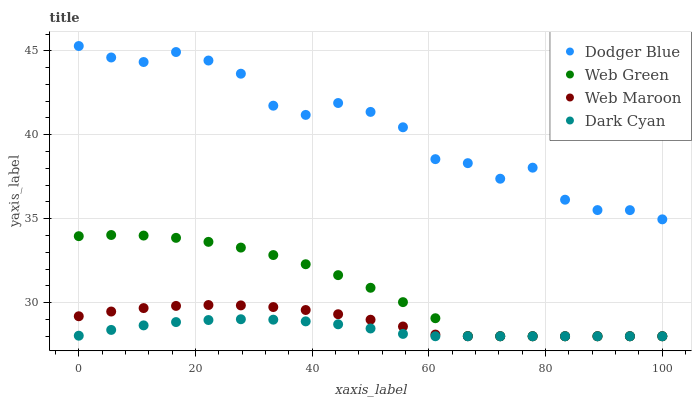
| xaxis_label | Dodger Blue | Web Green | Web Maroon | Dark Cyan |
 | --- | --- | --- | --- | --- |
 | 0 | 45.3 | 34 | 29.2 | 28 |
 | 5.56 | 44.6 | 34 | 29.5 | 28.4 |
 | 11.1 | 44.3 | 34 | 29.7 | 28.6 |
 | 16.7 | 44.9 | 33.9 | 29.8 | 28.8 |
 | 22.2 | 44.4 | 33.6 | 29.9 | 29 |
 | 27.8 | 43.6 | 33.3 | 29.8 | 29 |
 | 33.3 | 41.7 | 32.8 | 29.7 | 29 |
 | 38.9 | 41.2 | 32.3 | 29.6 | 28.9 |
 | 44.4 | 41.9 | 31.6 | 29.3 | 28.7 |
 | 50 | 41.4 | 30.9 | 29 | 28.5 |
 | 55.6 | 40.4 | 30 | 28.6 | 28.1 |
 | 61.1 | 38.5 | 29.1 | 28.1 | 28 |
 | 66.7 | 38.3 | 28 | 28 | 28 |
 | 72.2 | 37.4 | 28 | 28 | 28 |
 | 77.8 | 38 | 28 | 28 | 28 |
 | 83.3 | 36.1 | 28 | 28 | 28 |
 | 88.9 | 35.5 | 28 | 28 | 28 |
 | 94.4 | 35.5 | 28 | 28 | 28 |
 | 100 | 35 | 28 | 28 | 28 |